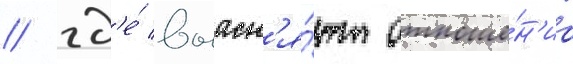
/ гд'е́ выасн'я́ют отноше́н'иа